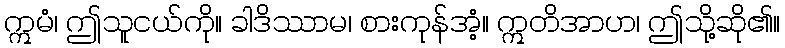
ဣမံ၊ ဤသူငယ်ကို။ ခါဒိဿာမ၊ စားကုန်အံ့။ ဣတိအာဟ၊ ဤသို့ဆို၏။